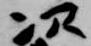
次